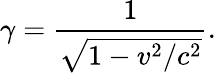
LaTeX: \gamma={\frac{1}{\sqrt{1-v^{2}/c^{2}}}}.